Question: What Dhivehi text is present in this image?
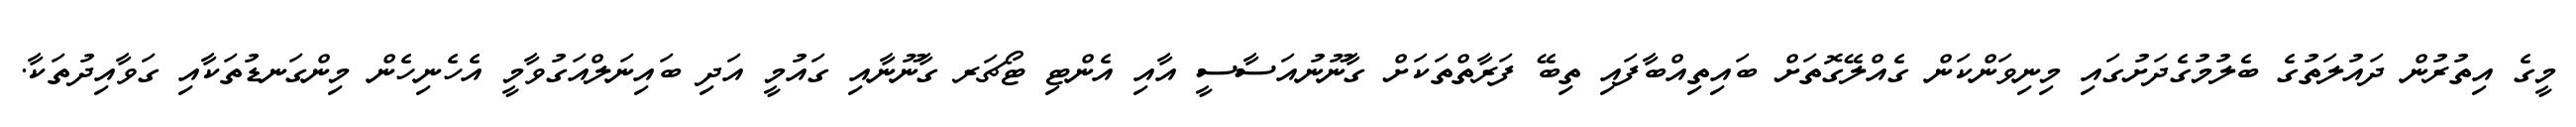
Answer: މީގެ އިތުރުން ދައުލަތުގެ ބެލުމުގެދަށުގައި މިނިވަންކަން ގެއްލޭގޮތަށް ބައިތިއްބާފައި ތިބޭ ފަރާތްތަކަށް ގާނޫނުއަސާސީ އާއި އެންޓި ޓޯޗަރ ގާނޫނާއި ގައުމީ އަދި ބައިނަލްއަގުވާމީ އެހެނިހެން މިންގަނޑުތަކާއި ގަވާއިދުތަކާ.